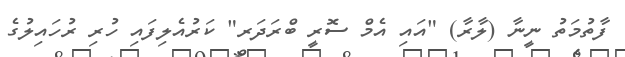
ފާތުމަތު ނީނާ (ލާރާ) "އައި އެމް ސޮރީ ބްރަދަރ" ކަރުއެލިފައި ހުރި ރުހައިލުގެ